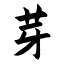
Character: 芽